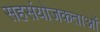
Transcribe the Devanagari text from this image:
सहसंयोजकताओं